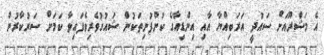
އެ މަޝްރޫއަށް ސައުދީ އަރަބިއްޔާ އާއި އިންޑިއާގެ ކުންފުނިތަކުން ޝައުގުވެރިވެފައިވާ ކަމަށް ސަރުކާރުން